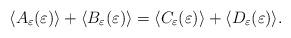
LaTeX: \begin{align*}\langle {A_\varepsilon(\varepsilon)}\rangle+\langle {B_\varepsilon(\varepsilon)}\rangle=\langle {C_\varepsilon(\varepsilon)}\rangle+\langle {D_\varepsilon(\varepsilon)}\rangle.\end{align*}